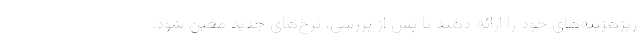
ریزهزینه‌های خود را ارائه دهند تا پس از بررسی، نرخ‌های جدید معین شود.